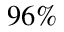
9 6 \%